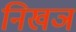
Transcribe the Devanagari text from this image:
निखञ